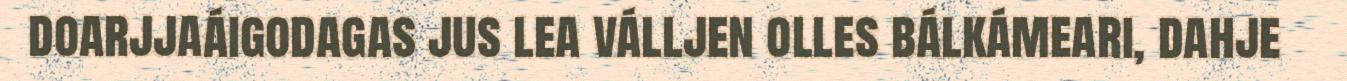
doarjjaáigodagas jus lea válljen olles bálkámeari, dahje